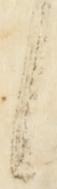
候